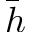
\bar { h }